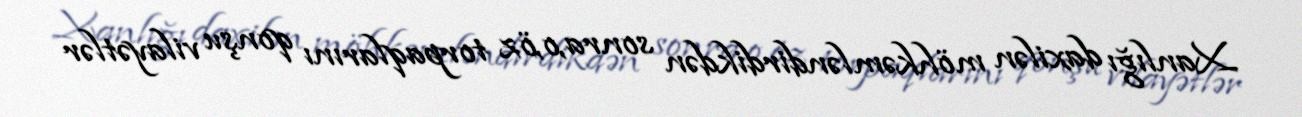
Xanlığı daxilən möhkəmləndirdikdən sonra,o,öz torpaqlarını qonşu vilayətlər